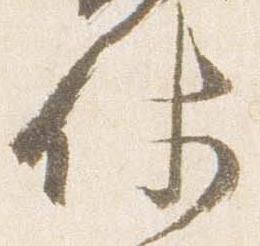
仗